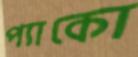
প্যাকো